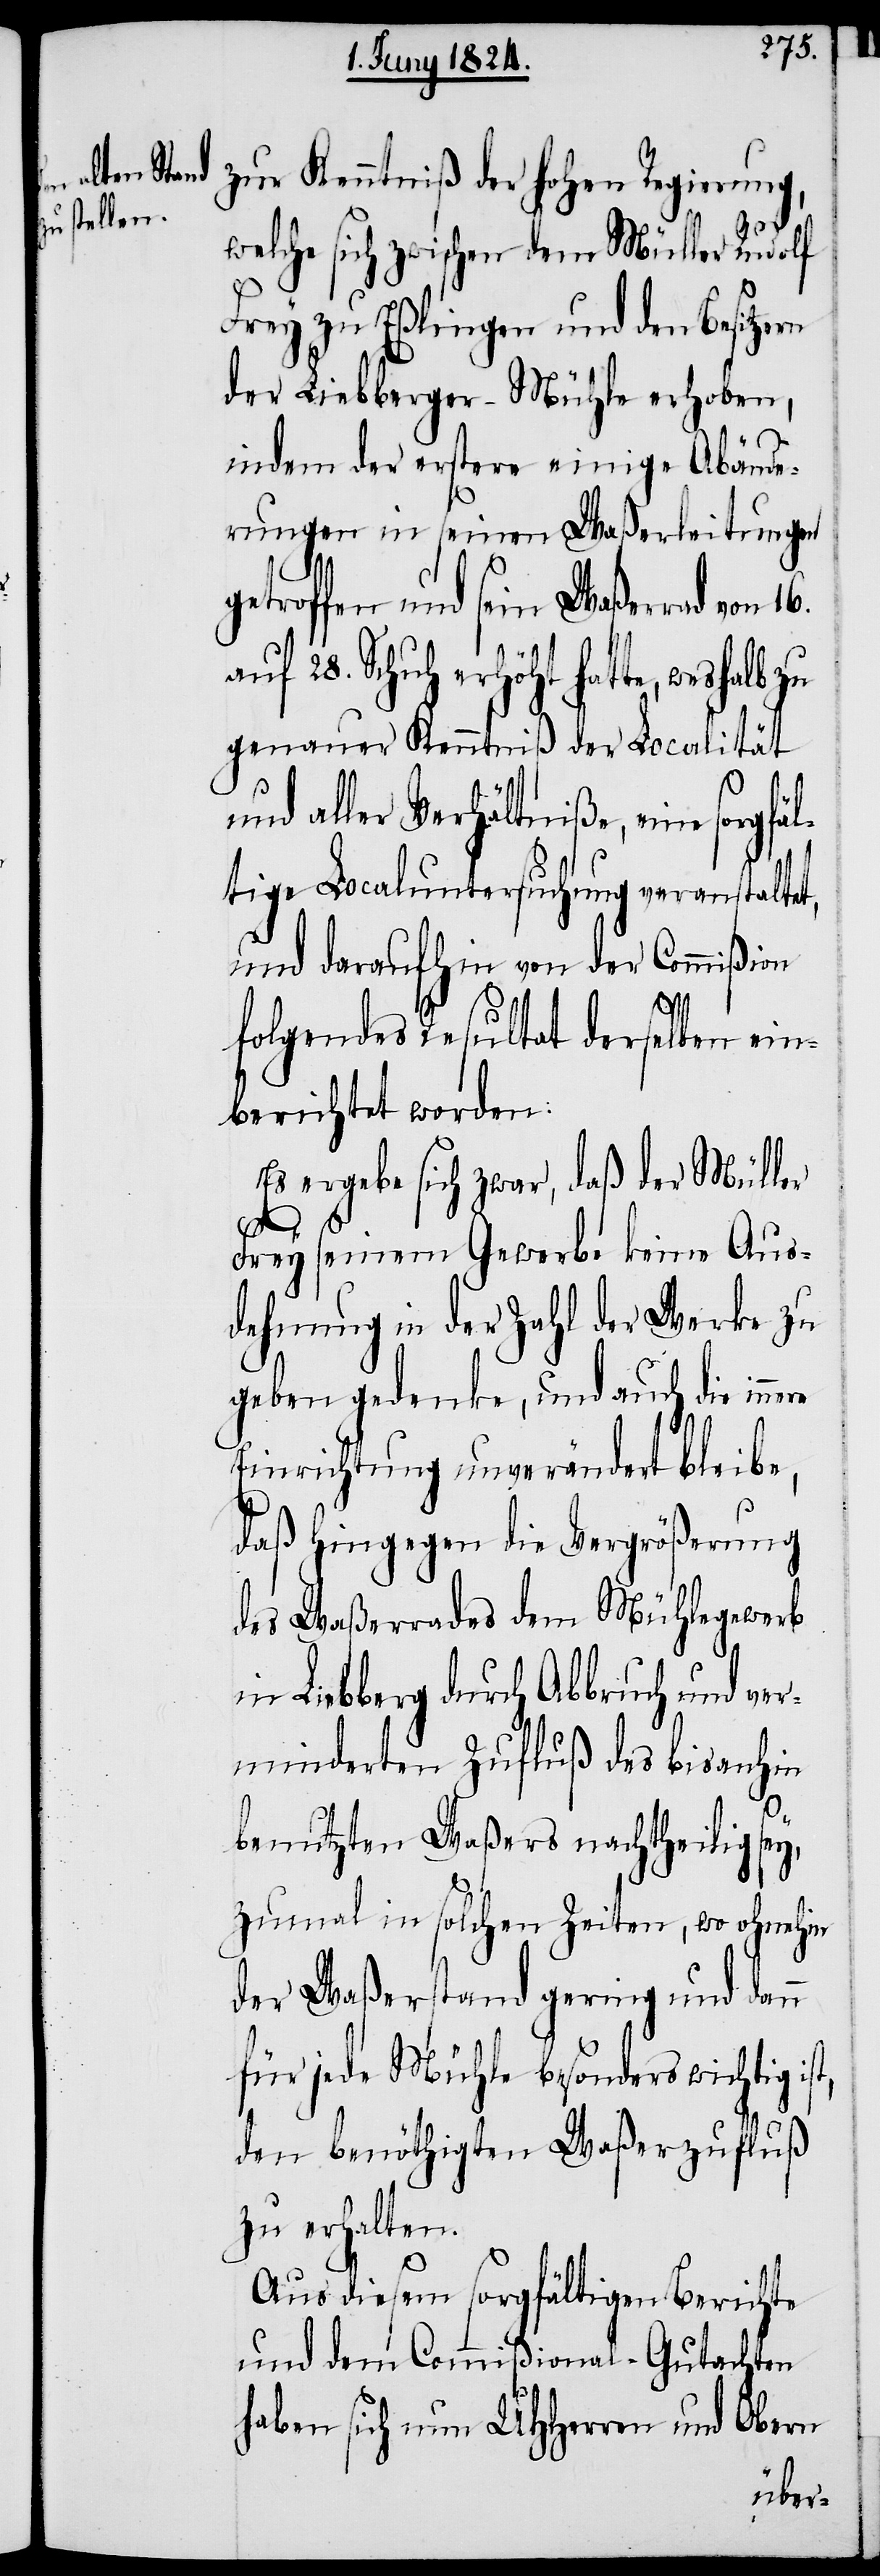
zur Kenntniß der hohen Regierung,
welche sich zwischen dem Müller Rudolf
Frey zu Eßlingen und den Besitzern
der Liebberger-Mühle erhoben,
indem der erstere einige Abände¬
rungen in seinen Waßerleitungen
getroffen und sein Waßerrad von
auf 28. Schuh erhöht hatte, weshalb
genauer Kenntniß der Localität
und aller Verhältniße, eine sorgf¬
tige Localuntersuchung veranstaltet,
und daraufhin von der Commißion
st,
folgendes Resultat derselben ein¬
berichtet worden:
Es ergebe sich zwar, daß der Müller
Frey seinem Gewerbe keine Aus¬
dehnung in der Zahl der Werke zu
geben gedenke, und auch die innere
Einrichtung unverändert bleibe,
daß hingegen die Vergrößerung
des Waßerrades dem Mühlegewerb
in Liebberg durch Abbruch und ver¬
minderten Zufluß des bisanhin
benutzten Waßers nachtheilig sey,
zumal in solchen Zeiten, wo ohnehin
der Waßerstand gering und dann
für jede Mühle besonders wichtig i¬
den benöthigten Waßerzufluß
zu erhalten.
Aus diesem sorgfältigen Berichte
und dem Commißional-Gutachten
haben sich nun UHHerren und Obern